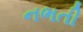
નભતી